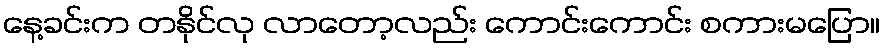
နေ့ခင်းက တနိုင်လု လာတော့လည်း ကောင်းကောင်း စကားမပြော။